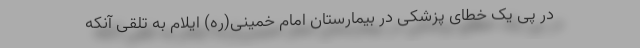
در پی یک خطای پزشکی در بیمارستان امام خمینی(ره) ایلام به تلقی آنکه